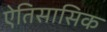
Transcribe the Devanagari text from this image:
ऐतिसासिक